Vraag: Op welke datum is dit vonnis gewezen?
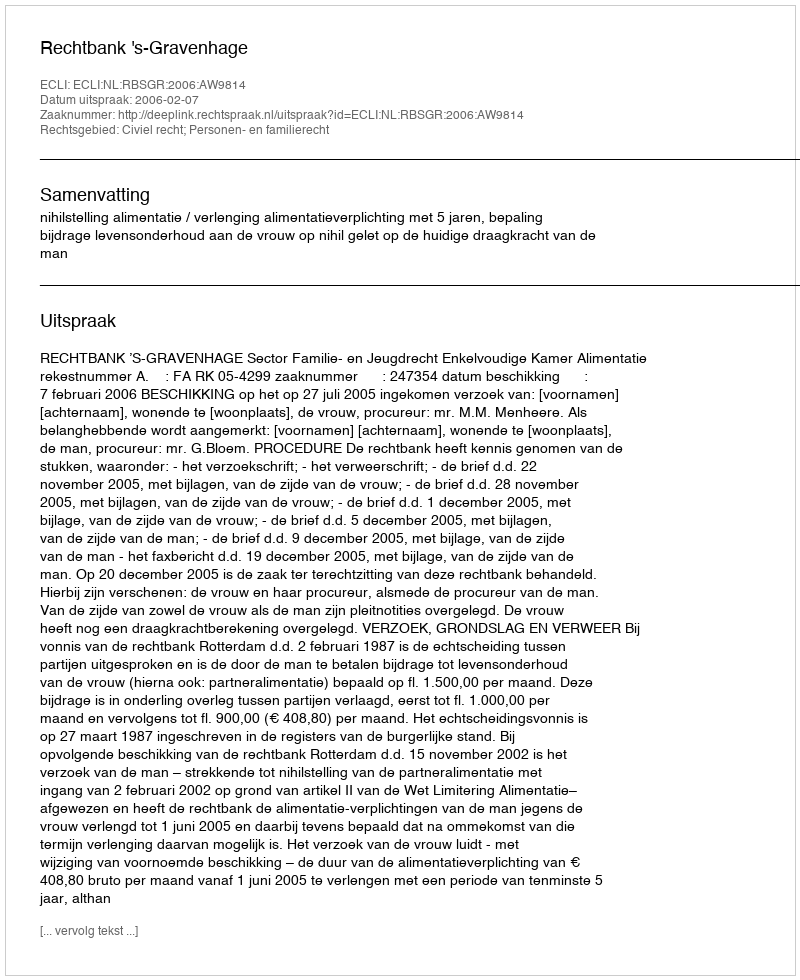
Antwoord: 2006-02-07